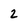
Character: 2